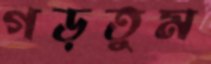
গড়তুম